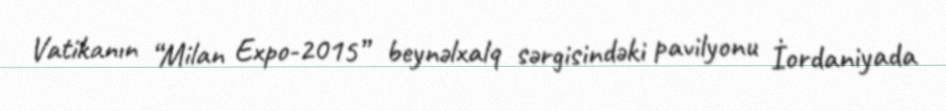
Vatikanın “Milan Expo-2015” beynəlxalq sərgisindəki pavilyonu İordaniyada